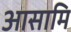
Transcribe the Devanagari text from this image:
आसामि